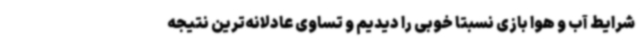
شرایط آب و هوا بازی نسبتا خوبی را دیدیم و تساوی عادلانه‌ترین نتیجه